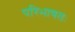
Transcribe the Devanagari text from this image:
परिभाषतः